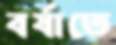
বর্ষাতে